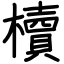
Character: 櫝